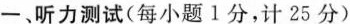
一﹑听力测试(每小题1分，计25分)